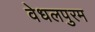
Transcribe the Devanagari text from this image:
वेधलपुरम